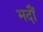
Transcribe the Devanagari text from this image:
भदौं